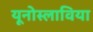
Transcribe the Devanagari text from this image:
यूनोस्लाविया